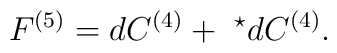
F^{(5)} = dC^{(4)} + \ ^\star dC^{(4)}. \nonumber